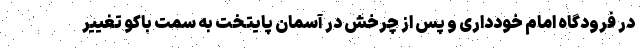
در فرودگاه امام خودداری و پس از چرخش در آسمان پایتخت به سمت باکو تغییر